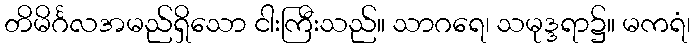
တိမိင်္ဂလအမည်ရှိသော ငါးကြီးသည်။ သာဂရေ၊ သမုဒ္ဒရာ၌။ မကရံ၊